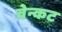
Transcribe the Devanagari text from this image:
वेन्कट